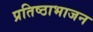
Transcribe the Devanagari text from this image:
प्रतिष्ठाभाजन